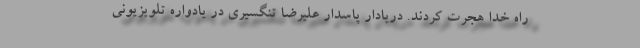
راه خدا هجرت کردند. دریادار پاسدار علیرضا تنگسیری در یادواره تلویزیونی